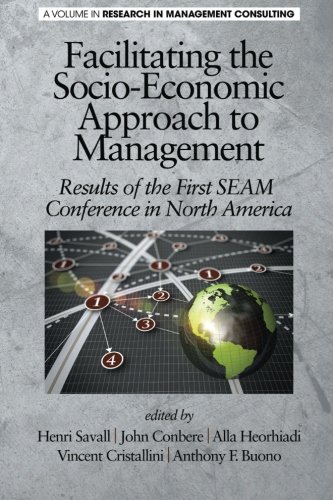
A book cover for Facilitating the Socio-Economic Approach to Management: Results of the First SEAM Conference in North America (Research in Management Consulting); Business & Money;